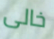
خالى